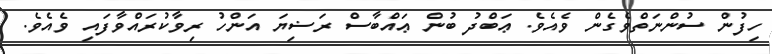
ހިފުން ސުންނަތްވެގެން ވެއެވެ. ޢަބްދު ބުން ޢައްބާސް ރަޟިޔަ އަންހު ރިވާކުރައްވާފައި ވެއެވެ.